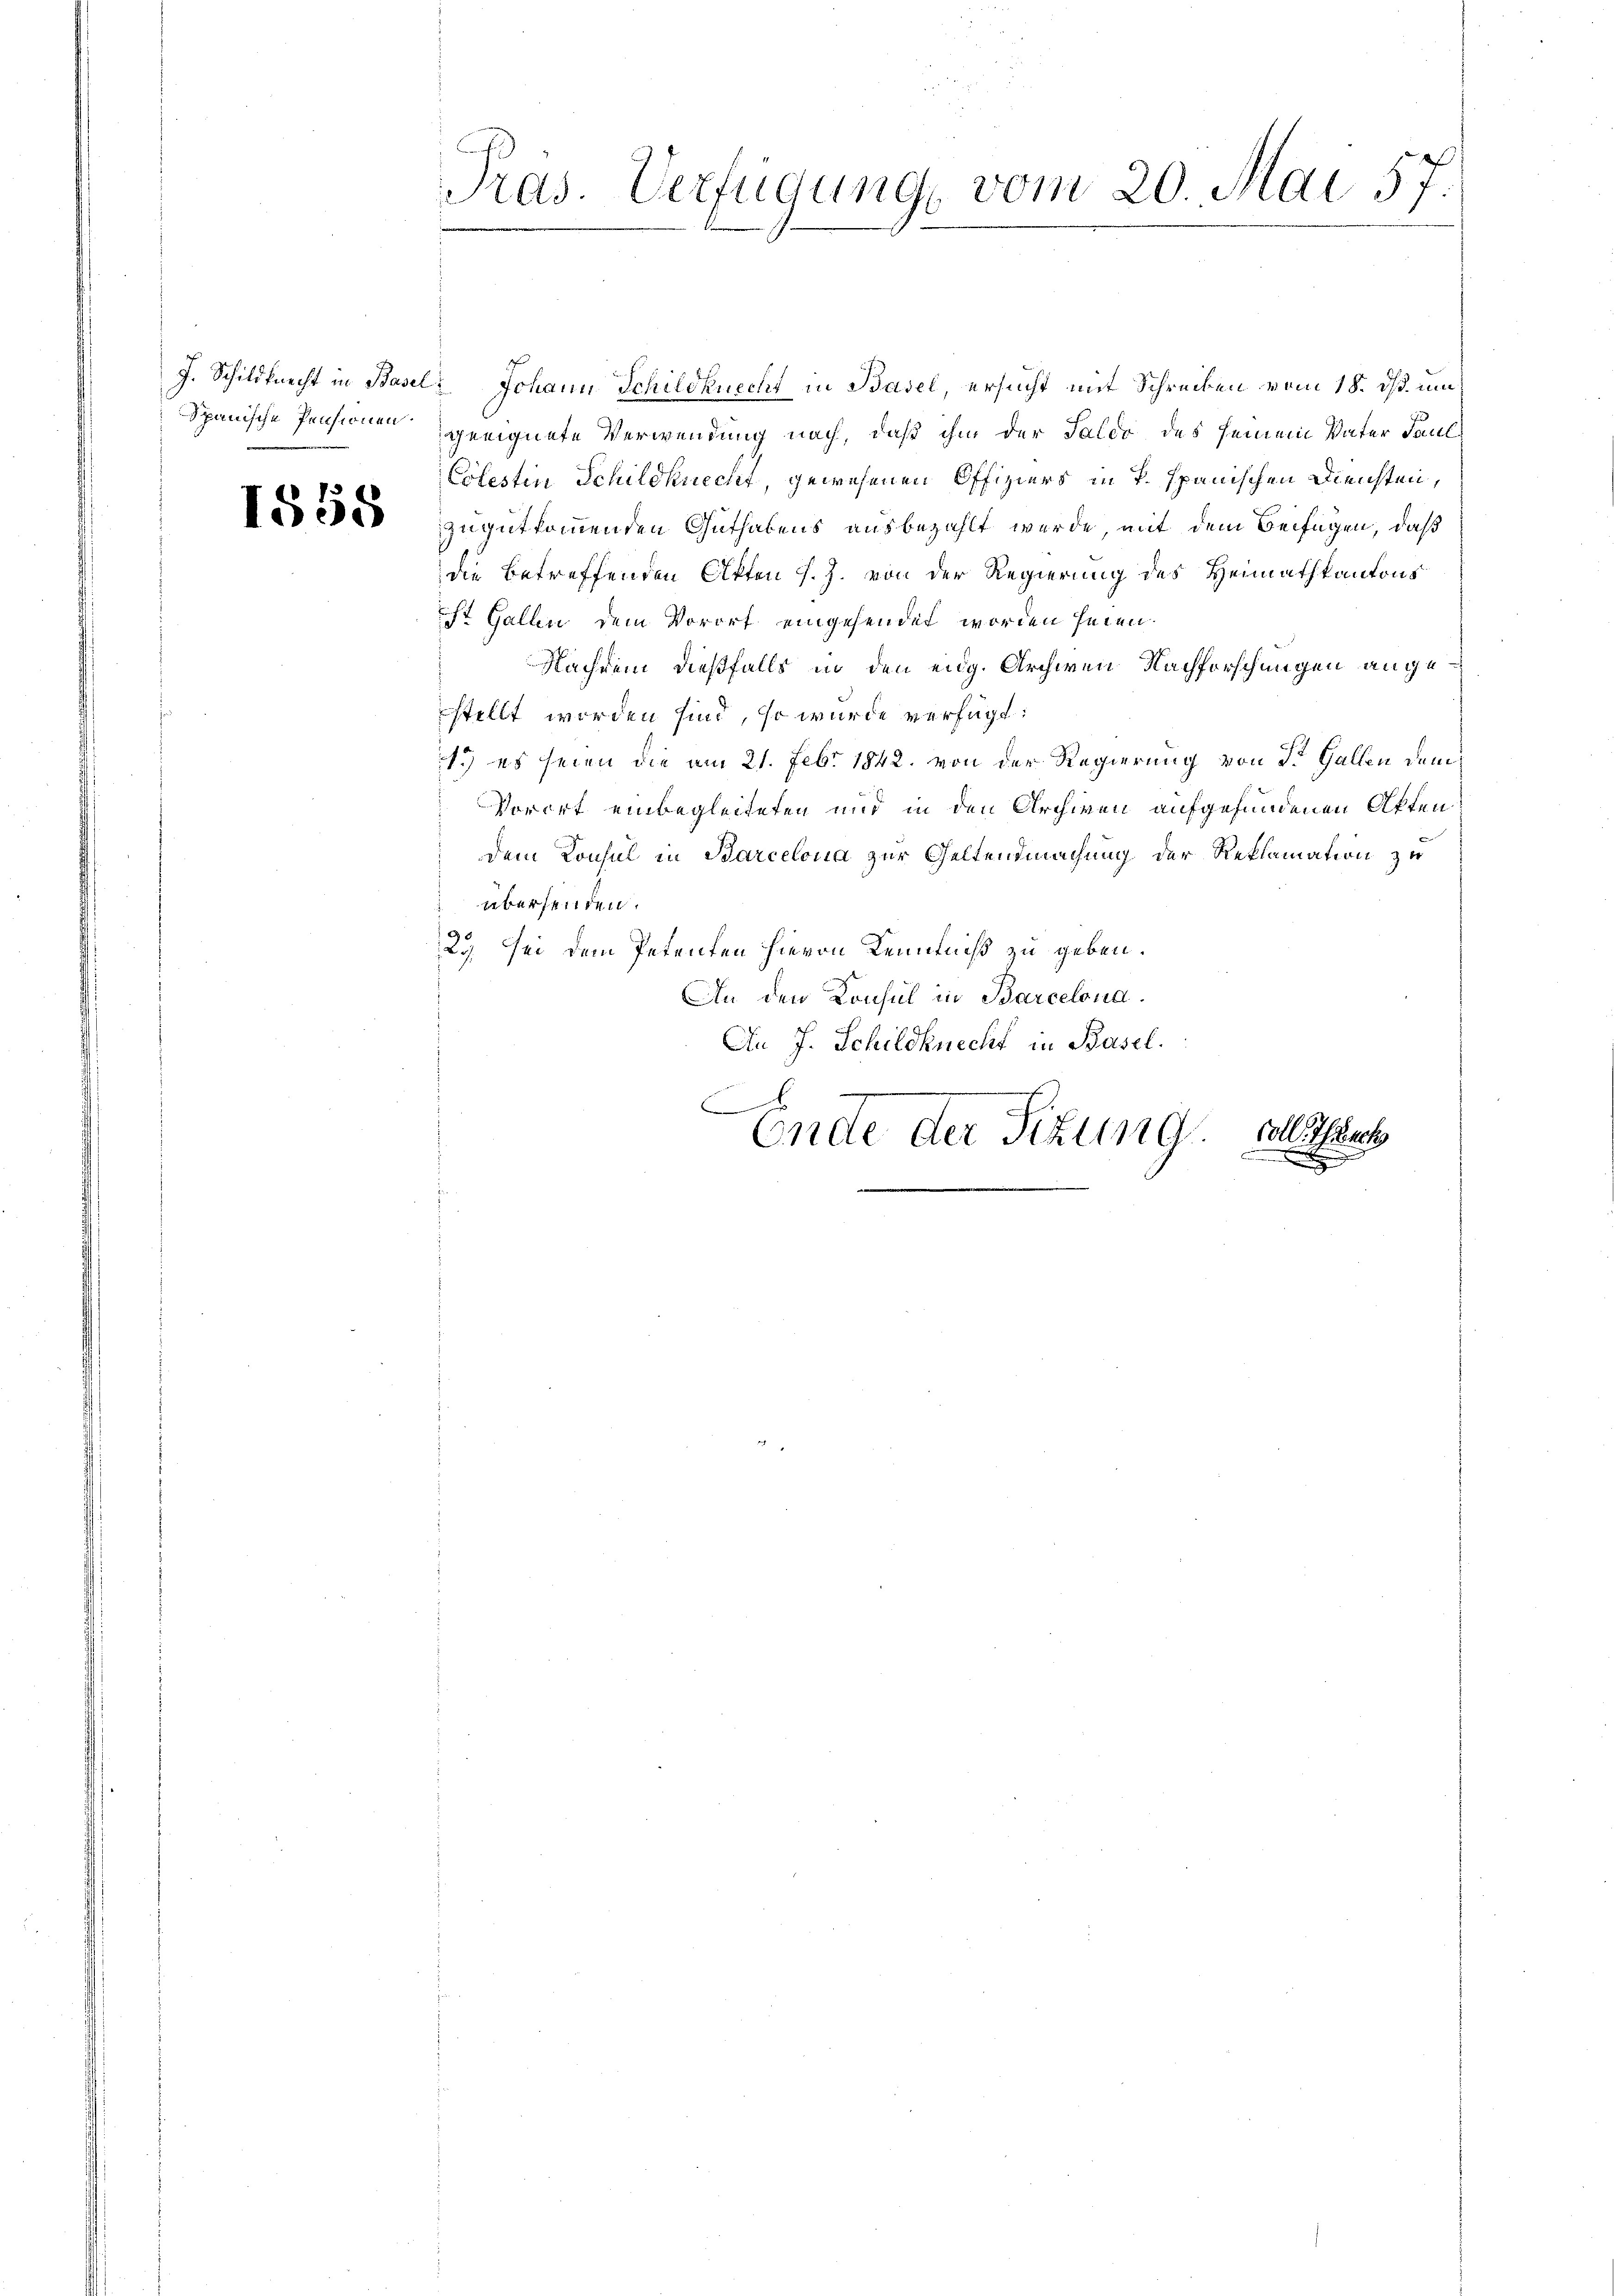
1558

Pras. Verfügung vom 20. Mai 57.

J. Schildknecht in Basel, Johann Schildknecht in Basel, ersucht mit Schreiben vom 18. ds. um
Spanische Pensionen geeignete Verwendung nach, daß ihm der Saldo des seinem Vater Paul
Colestin Schildknecht, gewesenen Offiziers in P. Spanischen Diensten,
zugutkommenden Guthabens ausbezahlt werde, mit dem Beifügen, daß
die betreffenden Akten J. J. von der Regierung des Heimathkantons
iht Gallen dem Vorort eingesendet worden seien.
Nachdem dießfalls in den eidg. Archiven Nachforschungen angestellt worden sind, so wurde verfügt:
1.) es seien die am 21. Febr. 1842. von der Regierung von St. Gallen dem
Vorort einbegleiteten und in den Archiven aufgefundenen Akten
Dem Konsul in Barcelona zur Geltendmachung der Reklamation zu
 übersenden.
23). Sei dem Petenten hievon Kenntniß zu geben.
An den Konsul in Barcelona.
An J. Schildknecht in Basel.
D
Colle Sach
Ende der Situng